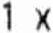
1 X